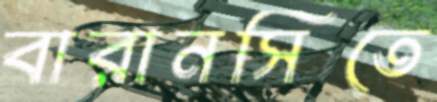
বারানসিতে